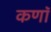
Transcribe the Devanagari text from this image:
कणॉ